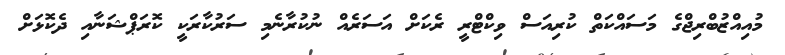
މުއިއްޒުބްރިޖްގެ މަސައްކަތް ކުރިއަސް ވިކްޓްރީ ރެކަށް އަސަރެއް ނުކުރާނެމި ސަރުކާރަކީ ކޮރަޕްޝަނާއި ދެކޮޅަށް